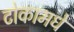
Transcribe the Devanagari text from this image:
टोकामधे